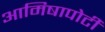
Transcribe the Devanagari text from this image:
आमिषापोटी